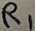
Text: R1